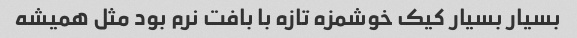
بسیار بسیار کیک خوشمزه تازه با بافت نرم بود مثل همیشه